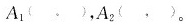
A_{1}( , )，A_{2}( , )。